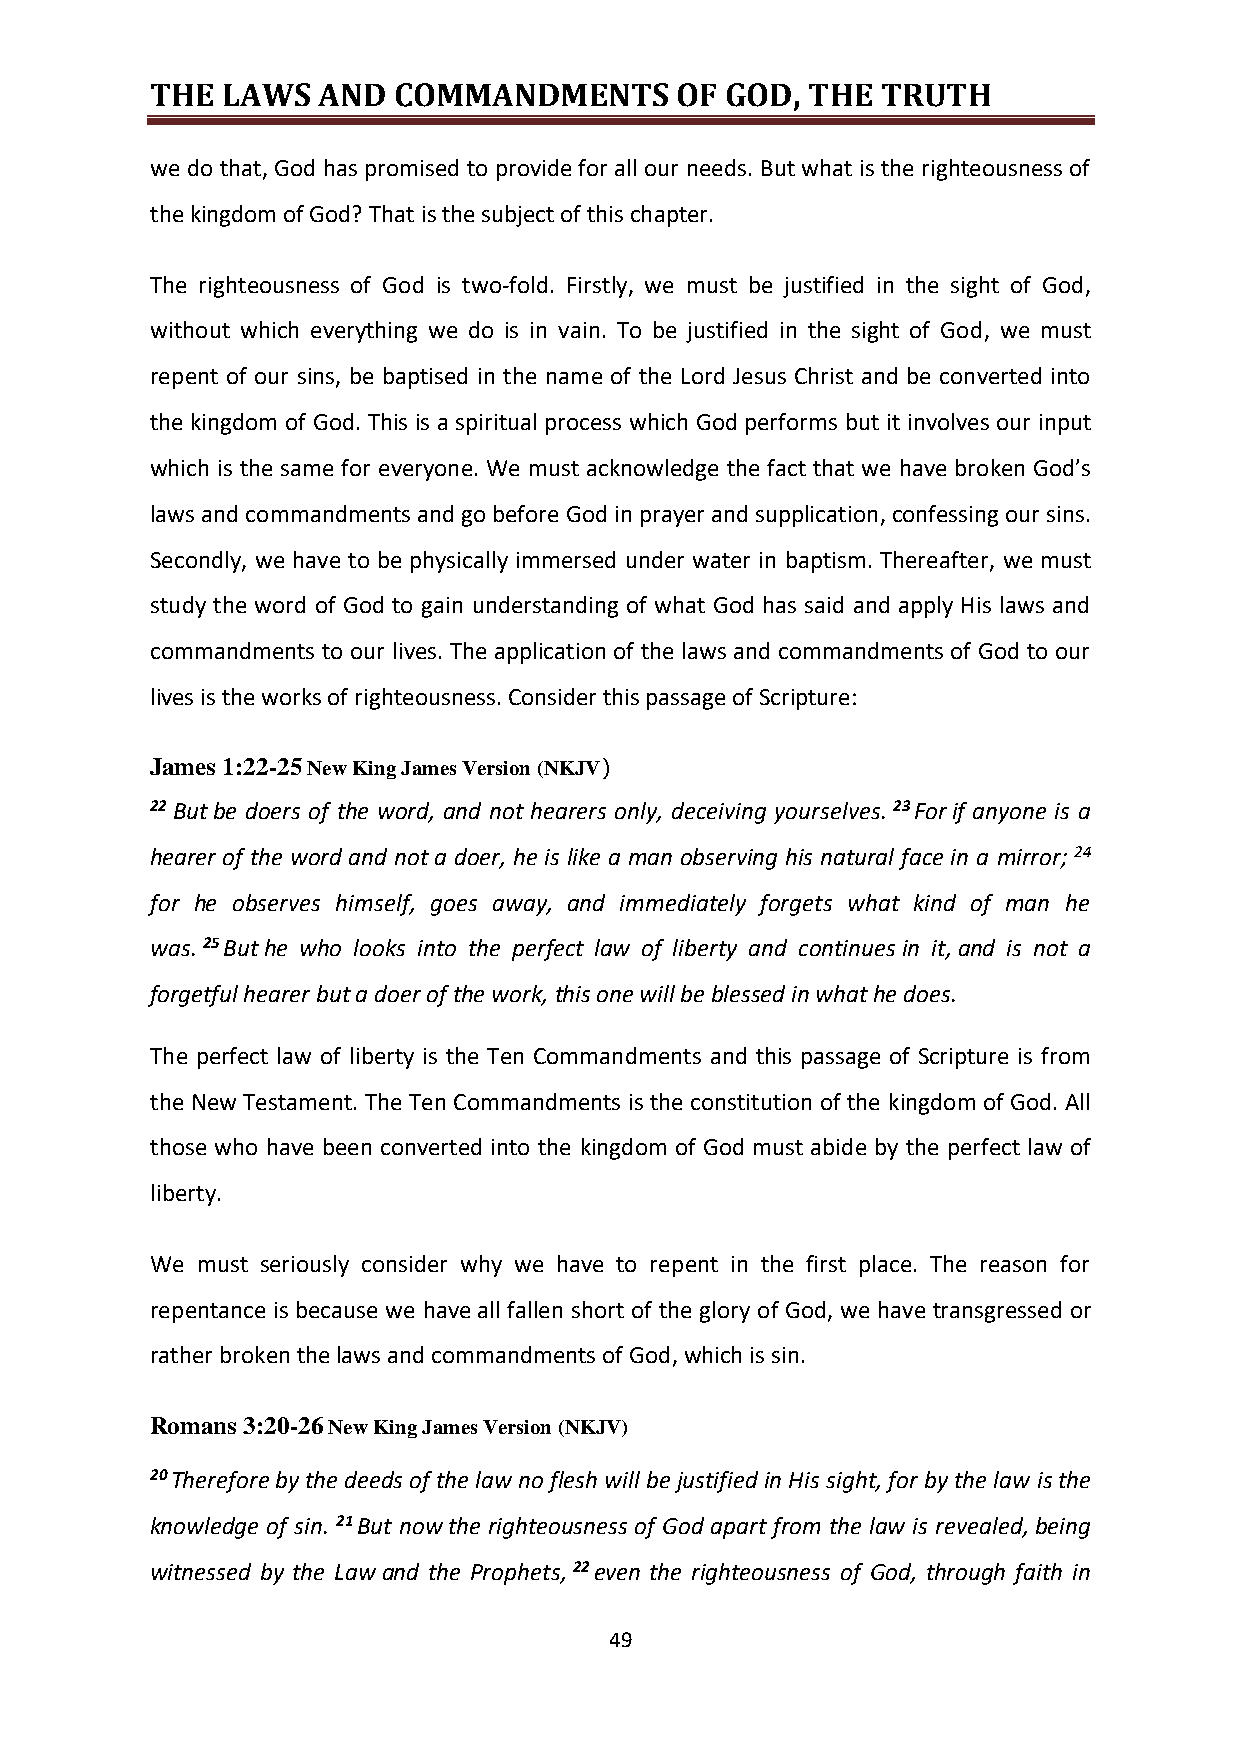
THE  LAWS  AND  COMMANDMENTS       OF GOD, THE  TRUTH
 we do that, God has promised to provide for all our needs. But what is the righteousness of
 the kingdom of God? That is the subject of this chapter.
 The righteousness of God is two-fold. Firstly, we must be justified in the sight of God,
 without which everything we do is in vain. To be justified in the sight of God, we must
 repent of our sins, be baptised in the name of the Lord Jesus Christ and be converted into
 the kingdom of God. This is a spiritual process which God performs but it involves our input
 which is the same for everyone. We must acknowledge the fact that we have broken God’s
 laws and commandments and go before God in prayer and supplication, confessing our sins.
 Secondly, we have to be physically immersed under water in baptism. Thereafter, we must
 study the word of God to gain understanding of what God has said and apply His laws and
 commandments to our lives. The application of the laws and commandments of God to our
 lives is the works of righteousness. Consider this passage of Scripture:
 James 1:22-25 New King James Version (NKJV)
 22 But be doers of the word, and not hearers only, deceiving yourselves. 23 For if anyone is a
 hearer of the word and not a doer, he is like a man observing his natural face in a mirror; 24
 for he observes himself, goes away, and immediately forgets what kind of man he
 was. 25 But he who looks into the perfect law of liberty and continues in it, and is not a
 forgetful hearer but a doer of the work, this one will be blessed in what he does.
 The perfect law of liberty is the Ten Commandments and this passage of Scripture is from
 the New Testament. The Ten Commandments is the constitution of the kingdom of God. All
 those who have been converted into the kingdom of God must abide by the perfect law of
 liberty.
 We must seriously consider why we have to repent in the first place. The reason for
 repentance is because we have all fallen short of the glory of God, we have transgressed or
 rather broken the laws and commandments of God, which is sin.
 Romans 3:20-26 New King James Version (NKJV)
 20 Therefore by the deeds of the law no flesh will be justified in His sight, for by the law is the
 knowledge of sin. 21 But now the righteousness of God apart from the law is revealed, being
 witnessed by the Law and the Prophets, 22 even the righteousness of God, through faith in
 49